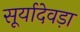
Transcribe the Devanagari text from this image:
सूर्यादेवड़ा